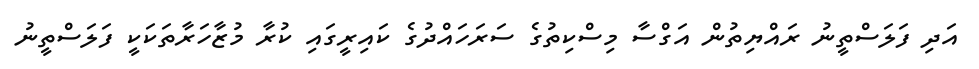
އަދި ފަލަސްތީނު ރައްޔިތުން އަގްސާ މިސްކިތުގެ ސަރަހައްދުގެ ކައިރީގައި ކުރާ މުޒާހަރާތަކަކީ ފަލަސްތީނު